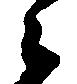
衛